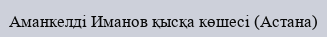
Аманкелді Иманов қысқа көшесі (Астана)